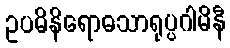
ဥပဓိနိရောဓသာရုပ္ပဂါမိနီ